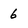
Character: 6